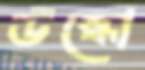
উস্‌কো